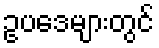
ဥပဒေများတွင်